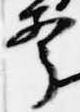
声